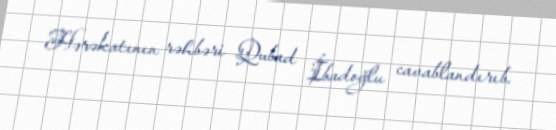
Hərəkatının rəhbəri Qubad İbadoğlu cavablandırıb.